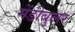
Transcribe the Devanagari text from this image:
मेंडीबुलर